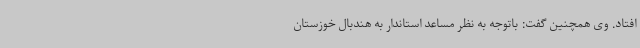
افتاد. وی همچنین گفت: باتوجه به نظر مساعد استاندار به هندبال خوزستان